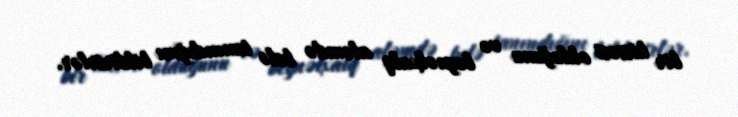
bir hissəsi olduğunu və beynəlxalq aləmdə belə tanındığını bildirirlər.